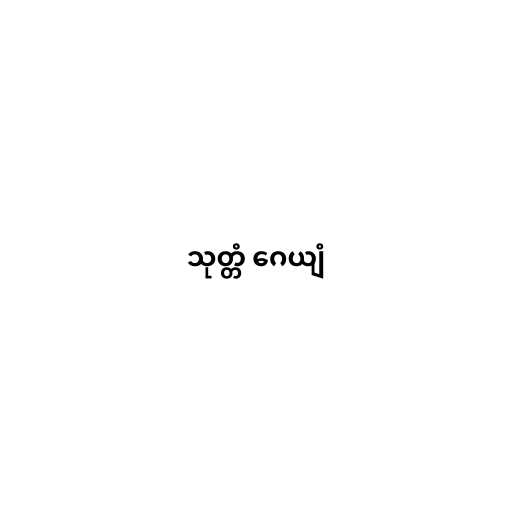
သုတ္တံ ဂေယျံ